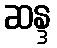
ဆန္ဒ